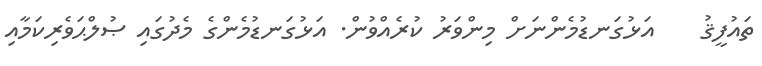
ތައުފީޤު    އަޅުގަނޑުމެންނަށް މިންވަރު ކުރެއްވުން. އަޅުގަނޑުމެންގެ މެދުގައި ޞުލްޙަވެރިކަމާއި